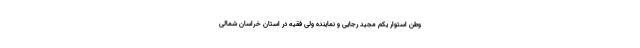
وطن استوار یکم مجید رجایی و نماینده ولی فقیه در استان خراسان شمالی